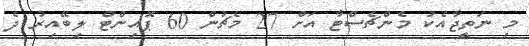
މި ނަތީޖާއެކު މެންޗެސްޓާ އަށް 27 މެޗުން 60 ޕޮއިންޓް ލިބޭއިރު ދެ